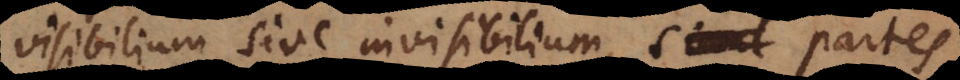
visibilium sive invisibilium, simul partes